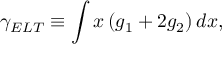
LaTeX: \gamma _ { E L T } \equiv \int x \left( g _ { 1 } + 2 g _ { 2 } \right) d x ,